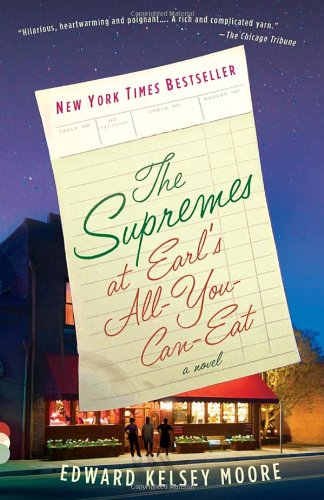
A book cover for The Supremes at Earl's All-You-Can-Eat (Vintage Contemporaries); Edward Kelsey Moore; Literature & Fiction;